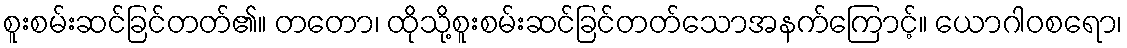
စူးစမ်းဆင်ခြင်တတ်၏။ တတော၊ ထိုသို့စူးစမ်းဆင်ခြင်တတ်သောအနက်ကြောင့်။ ယောဂါဝစရော၊